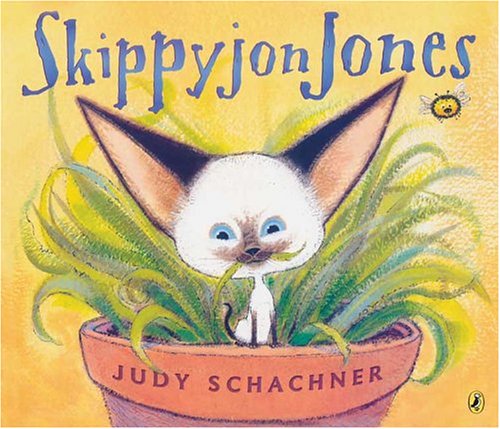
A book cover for Skippyjon Jones; Judy Schachner; Children's Books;